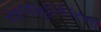
સલાહાકારના